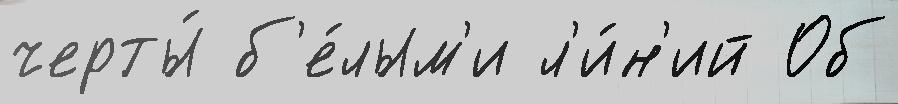
черты́ б'е́лым'и л'и́н'ий Об